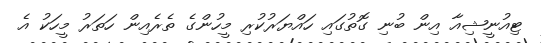
ޓިއުނީޝިއާ އިން ބުނި ގޮތުގައި ހައްޔަރުކުރި މީހުންގެ ތެރެއިން ހަތަރު މީހަކު އެ